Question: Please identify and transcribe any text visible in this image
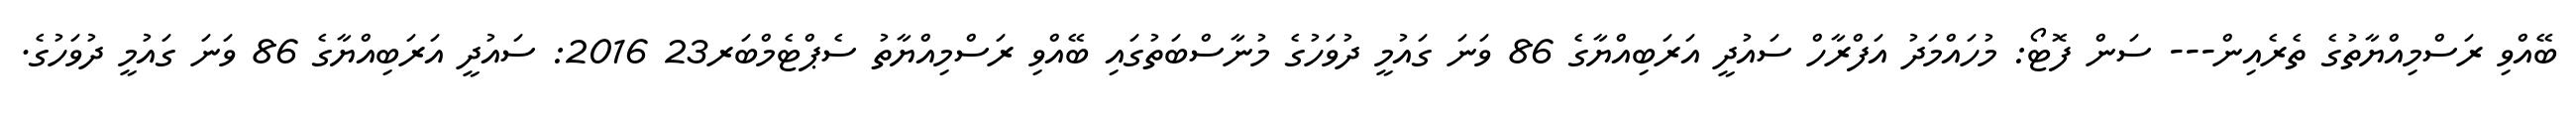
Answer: ބޭއްވި ރަސްމިއްޔާތުގެ ތެރެއިން--- ސަން ފޮޓޯ: މުހައްމަދު އަފްރާހް ސައުދީ އަރަބިއްޔާގެ 86 ވަނަ ގައުމީ ދުވަހުގެ މުނާސްބަތުގައި ބޭއްވި ރަސްމިއްޔާތު ސެޕްޓެމްބަރ23 2016: ސައުދީ އަރަބިއްޔާގެ 86 ވަނަ ގައުމީ ދުވަހުގެ.